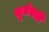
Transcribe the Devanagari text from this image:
सूर्यनाड़ी